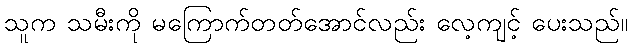
သူက သမီးကို မကြောက်တတ်အောင်လည်း လေ့ကျင့် ပေးသည်။